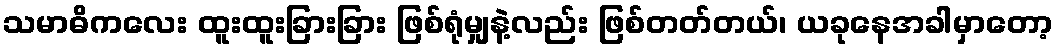
သမာဓိကလေး ထူးထူးခြားခြား ဖြစ်ရုံမျှနဲ့လည်း ဖြစ်တတ်တယ်၊ ယခုနေအခါမှာတော့